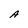
Character: A